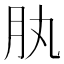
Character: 肒